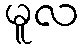
မူလ